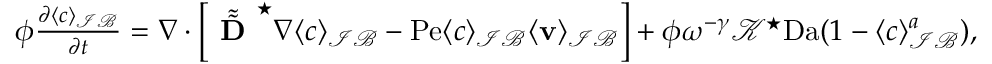
\begin{array} { r l } & { \phi \frac { \partial \langle c \rangle _ { \mathcal { I B } } } { \partial t } = \nabla \cdot \left[ \tilde { \tilde { \textbf { D } } } ^ { \star } \nabla \langle c \rangle _ { \mathcal { I B } } - \mathrm { P e } \langle c \rangle _ { \mathcal { I B } } \langle \mathbf v \rangle _ { \mathcal { I B } } \right] + \phi \omega ^ { - \gamma } \mathcal { K } ^ { \star } \mathrm { D a } ( 1 - \langle c \rangle _ { \mathcal { I B } } ^ { a } ) , } \end{array}